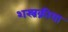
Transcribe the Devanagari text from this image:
शस्त्रक्रीया